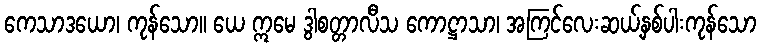
ကေသာဒယော၊ ကုန်သော။ ယေ ဣမေ ဒွါစတ္တာလီသ ကောဋ္ဌာသာ၊ အကြင်လေးဆယ့်နှစ်ပါးကုန်သော